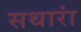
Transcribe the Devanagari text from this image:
सथारां